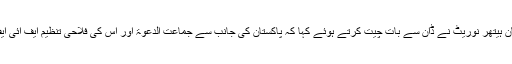
امریکا کے اسٹیٹ ڈپارٹمنٹ کی ترجمان ہیتھر نوریٹ نے ڈان سے بات چیت کرتے ہوئے کہا کہ پاکستان کی جانب سے جماعت الدعوۃ اور اس کی فلاحی تنظیم ایف آئی ایف کے خلاف کارروائی خوش آئند ہے۔